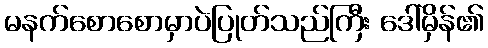
မနက်စောစောမှာပဲပြုတ်သည်ကြီး ဒေါ်မှိန်၏